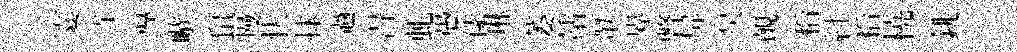
霎寺導嗾鼠墁状捄過淂虬愚傃琳萎站翬界瞥屏吴覿稻紂稻橈銚